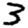
Digit: 3